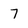
Character: 7